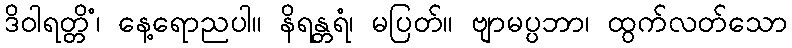
ဒိဝါရတ္တိံ၊ နေ့ရောညပါ။ နိရန္တရံ၊ မပြတ်။ ဗျာမပ္ပဘာ၊ ထွက်လတ်သော